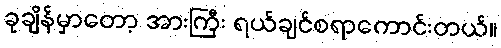
ခုချိန်မှာတော့ အားကြီး ရယ်ချင်စရာကောင်းတယ်။